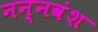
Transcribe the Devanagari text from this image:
नन्नवंश